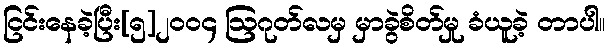
ငြင်းနေခဲ့ပြီး[၅]၂၀၀၄ ဩဂုတ်လမှ မှာခွဲစိတ်မှု ခံယူခဲ့ တာပါ။